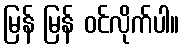
မြန် မြန် ဝင်လိုက်ပါ။